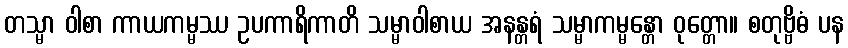
တသ္မာ ဝါစာ ကာယကမ္မဿ ဥပကာရိကာတိ သမ္မာဝါစာယ အနန္တရံ သမ္မာကမ္မန္တော ဝုတ္တော။ စတုဗ္ဗိဓံ ပန